Vaccination Hyderabad 1872-1889 - 1872-1889
Year: 1872
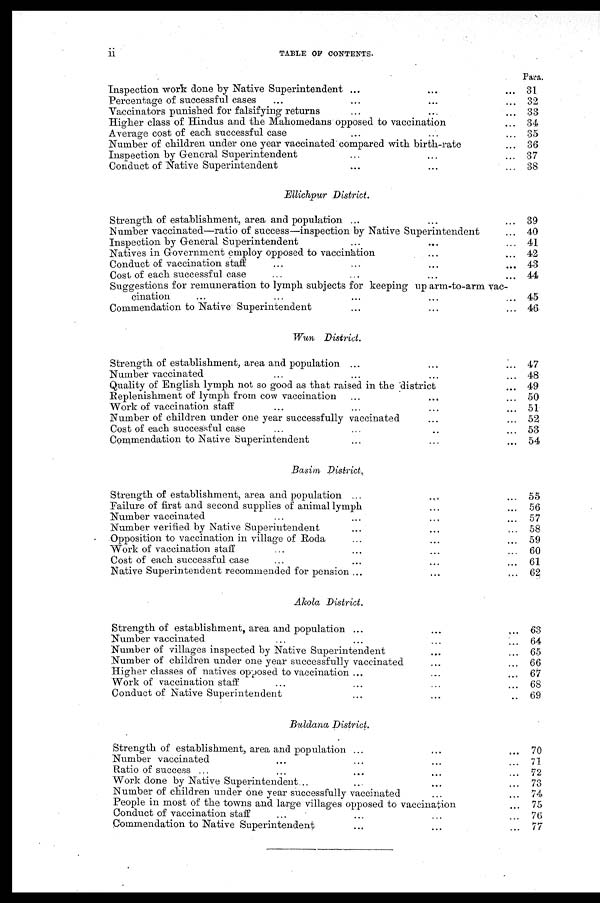
ii
TABLE OF CONTENTS.
Inspection work done by Native Superintendent ... ... ...
Percentage of successful cases
... ... ... ...
Vaccinators punished for falsifying returns ... ... ...
Higher class of Hindus and the Mahomedans opposed to vaccination ...
Average cost of each successful case ... ... ...
Number of children under one year vaccinated compared with birth-rate ...
Inspection by General Superintendent ... ... ...
Conduct of Native Superintendent
...
...
...
Para.
31
32
33
34
35
36
37
38
Ellichpur District.
Strength of establishment, area and population ... ... ...
Number vaccinated—ratio of success—inspection by Native Superintendent ...
Inspection by General Superintendent ... ... ...
Natives in Government employ opposed to vaccination ... ...
Conduct of vaccination staff ... ... ... ...
Cost of each successful case ... ... ... ...
Suggestions for remuneration to lymph subjects for keeping up arm-to-arm vac-
cination ... ... ... ... ...
Commendation to Native Superintendent ... ... ...
39
40
41
42
43
44
45
46
Wun District.
Strength of establishment, area and population
...
...
...
Number vaccinated ... ... ... ...
Quality of English lymph not so good as that raised in the district ...
Replenishment of lymph from cow vaccination ... ... ...
Work of vaccination staff ... ... ... ...
Number of children under one year successfully vaccinated ... ...
Cost of each successful case ... ... ... ...
Commendation to Native Superintendent
...
...
...
47
48
49
50
51
52
53
54
Basim District.
Strength of establishment, area and population
...
...
...
Failure of first and second supplies of animal lymph ... ...
Number vaccinated ... ... ... ...
Number verified by Native Superintendent ... ... ...
Opposition to vaccination in village of Roda ... ... ...
Work of vaccination staff ... ... ... ... ...
Cost of each successful case ... ... ... ... ...
Native Superintendent recommended for pension ... ... ...
55
56
57
58
59
60
61
62
Akola District.
Strength of establishment, area and population ... ... ...
Number vaccinated ... ... ... ...
Number of villages inspected by Native Superintendent ... ...
Number of children under one year successfully vaccinated ... ...
Higher classes of natives opposed to vaccination ... ... ...
Work of vaccination staff... ... ... ...
Conduct of Native Superintendent ... ... ...
63
64
65
66
67
68
69
Buldana District.
Strength of establishment, area and population ... ... ...
Number vaccinated ... ... ... ...
Ratio of success ... ... ... ...
Work done by Native Superintendent... ... ... ...
Number of children under one year successfully vaccinated ... ...
People in most of the towns and large villages opposed to vaccination ...
Conduct of vaccination staff ... ... ... ...
Pommendation to Native Superintendent ... ... ...
70
71
72
73
74
75
76
77